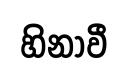
හිනාවී